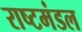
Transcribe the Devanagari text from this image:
राष्टमंडल